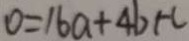
0 = 1 6 a + 4 b + c